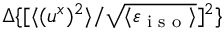
\Delta \{ [ \langle { ( u ^ { x } ) ^ { 2 } } \rangle / \sqrt { \langle { \varepsilon _ { \textrm { i s o } } } \rangle } ] ^ { 2 } \}